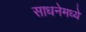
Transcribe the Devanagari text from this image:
साधनेमध्ये